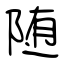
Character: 随